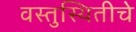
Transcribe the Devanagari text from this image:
वस्तुस्थितीचे